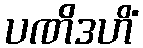
ပဏိဒဟိံ